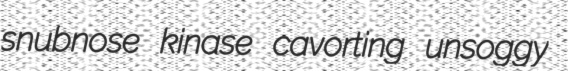
snubnose kinase cavorting unsoggy